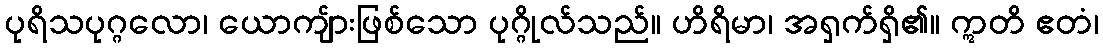
ပုရိသပုဂ္ဂလော၊ ယောကျ်ားဖြစ်သော ပုဂ္ဂိုလ်သည်။ ဟိရိမာ၊ အရှက်ရှိ၏။ ဣတိ ဧတံ၊